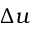
\Delta u